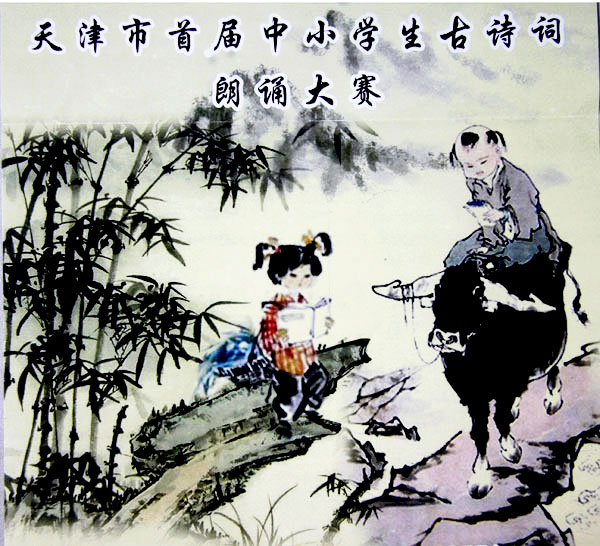
恨人间会少离多，万古千秋今夕。